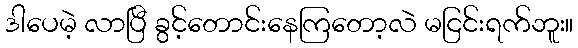
ဒါပေမဲ့ လာပြီ ခွင့်တောင်းနေကြတော့လဲ မငြင်းရက်ဘူး။